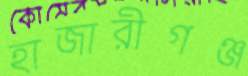
হাজারীগঞ্জ